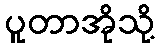
ပူတာအိုသို့